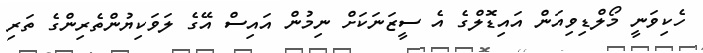
ހެކިވަނީ މޯލްޑިވިއަން އައިޑޮލްގެ އެ ސީޒަނަކަށް ނިމުން އައިސް އޭގެ ލަވަކިޔުންތެރިންގެ ތަރި